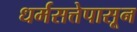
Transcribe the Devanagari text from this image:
धर्मसत्तेपासून